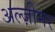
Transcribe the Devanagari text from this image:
अल्ज़ीमर